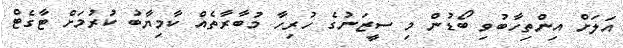
އަލަށް އިންތިހާބުވި ބޯޑުން މި ސީޒަނުގެ ހުރިހާ މުބާރާތެއް ކާމިޔާބު ކުރުމަށް ޓާގެޓް